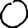
Digit: 0